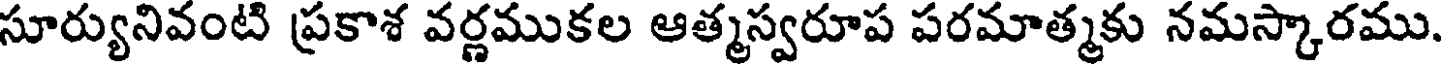
సూర్యునివంటి ప్రకాశ వర్ణముకల ఆత్మస్వరూప పరమాత్మకు నమస్కారము.